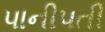
પાનીપતી